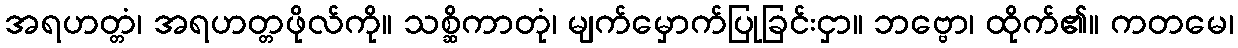
အရဟတ္တံ၊ အရဟတ္တဖိုလ်ကို။ သစ္ဆိကာတုံ၊ မျက်မှောက်ပြုခြင်းငှာ။ ဘဗ္ဗော၊ ထိုက်၏။ ကတမေ၊